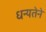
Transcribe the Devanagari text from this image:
धन्यतेने